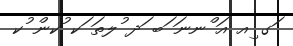
ަގ ިއ އަ ްނނަ ަބ ަދ ުލތަ ަކ ުކން ުކ